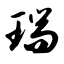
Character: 瑞